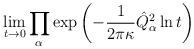
LaTeX: \begin{align*}\lim_{t\rightarrow 0}\prod_\alpha \exp\left(-\frac{1}{2\pi\kappa}\hat Q^2_\alpha\ln t\right)\end{align*}